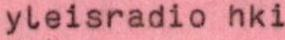
yleisradio hki